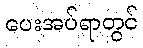
ပေးအပ်ရာတွင်